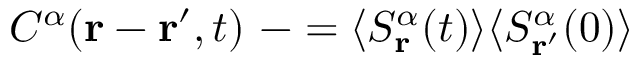
C ^ { \alpha } ( \mathbf { r } - \mathbf { r ^ { \prime } } , t ) \ - = \langle S _ { \mathbf { r } } ^ { \alpha } ( t ) \rangle \langle S _ { \mathbf { r ^ { \prime } } } ^ { \alpha } ( 0 ) \rangle